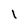
Character: l